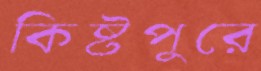
কিষ্টপুরে